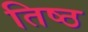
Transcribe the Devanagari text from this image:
तिष्ठ